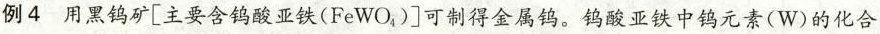
例4用黑钨矿[主要含钨酸亚铁(FeWO_{4})]可制得金属钨。钨酸亚铁中钨元素(W)的化合价为()。A.-2 B.+2C.+4 D.+6